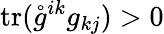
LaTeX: \mathrm{tr}(\mathring{g}^{ik}g_{kj})>0